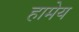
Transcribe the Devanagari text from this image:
हामेय